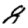
Digit: 8